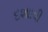
દશાાવી